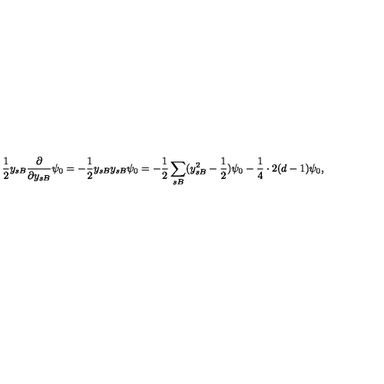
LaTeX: \frac { 1 } { 2 } y _ { s B } \frac { \partial } { \partial y _ { s B } } \psi _ { 0 } = - \frac { 1 } { 2 } y _ { s B } y _ { s B } \psi _ { 0 } = - \frac { 1 } { 2 } \sum _ { s B } ( y _ { s B } ^ { 2 } - \frac { 1 } { 2 } ) \psi _ { 0 } - \frac { 1 } { 4 } \cdot 2 ( d - 1 ) \psi _ { 0 } ,